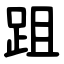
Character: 跙